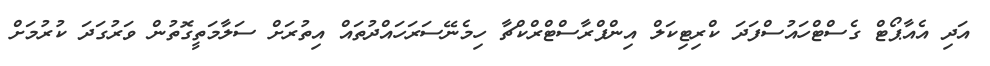
އަދި އެއާޕޯޓް ގެސްޓްހައުސްފަދަ ކްރިޓިކަލް އިންފްރާސްޓްރްކްޗާ ހިމެނޭސަރަހައްދުތައް އިތުރަށް ސަލާމަތީގޮތުން ވަރުގަދަ ކުރުމަށް